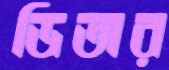
ডিঅর